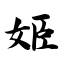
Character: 姬